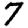
Digit: 7